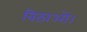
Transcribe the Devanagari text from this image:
बिठाओ।